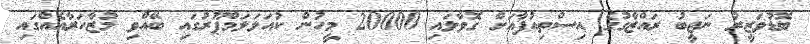
ބޮޑުވަޒީރު ނަޖީބު ރައްޒާގުގެ އިސްތިއުފާއަށް ގޮވާލައި 20000 މީހުން ކުއަލަލަމްޕޫރުގައި ބޭއްވި މުޒާހަރާއެއްގައި